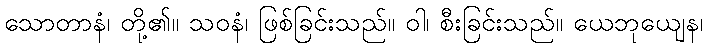
သောတာနံ၊ တို့၏။ သဝနံ၊ ဖြစ်ခြင်းသည်။ ဝါ၊ စီးခြင်းသည်။ ယေဘုယျေန၊